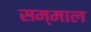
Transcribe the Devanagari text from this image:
सम्माल